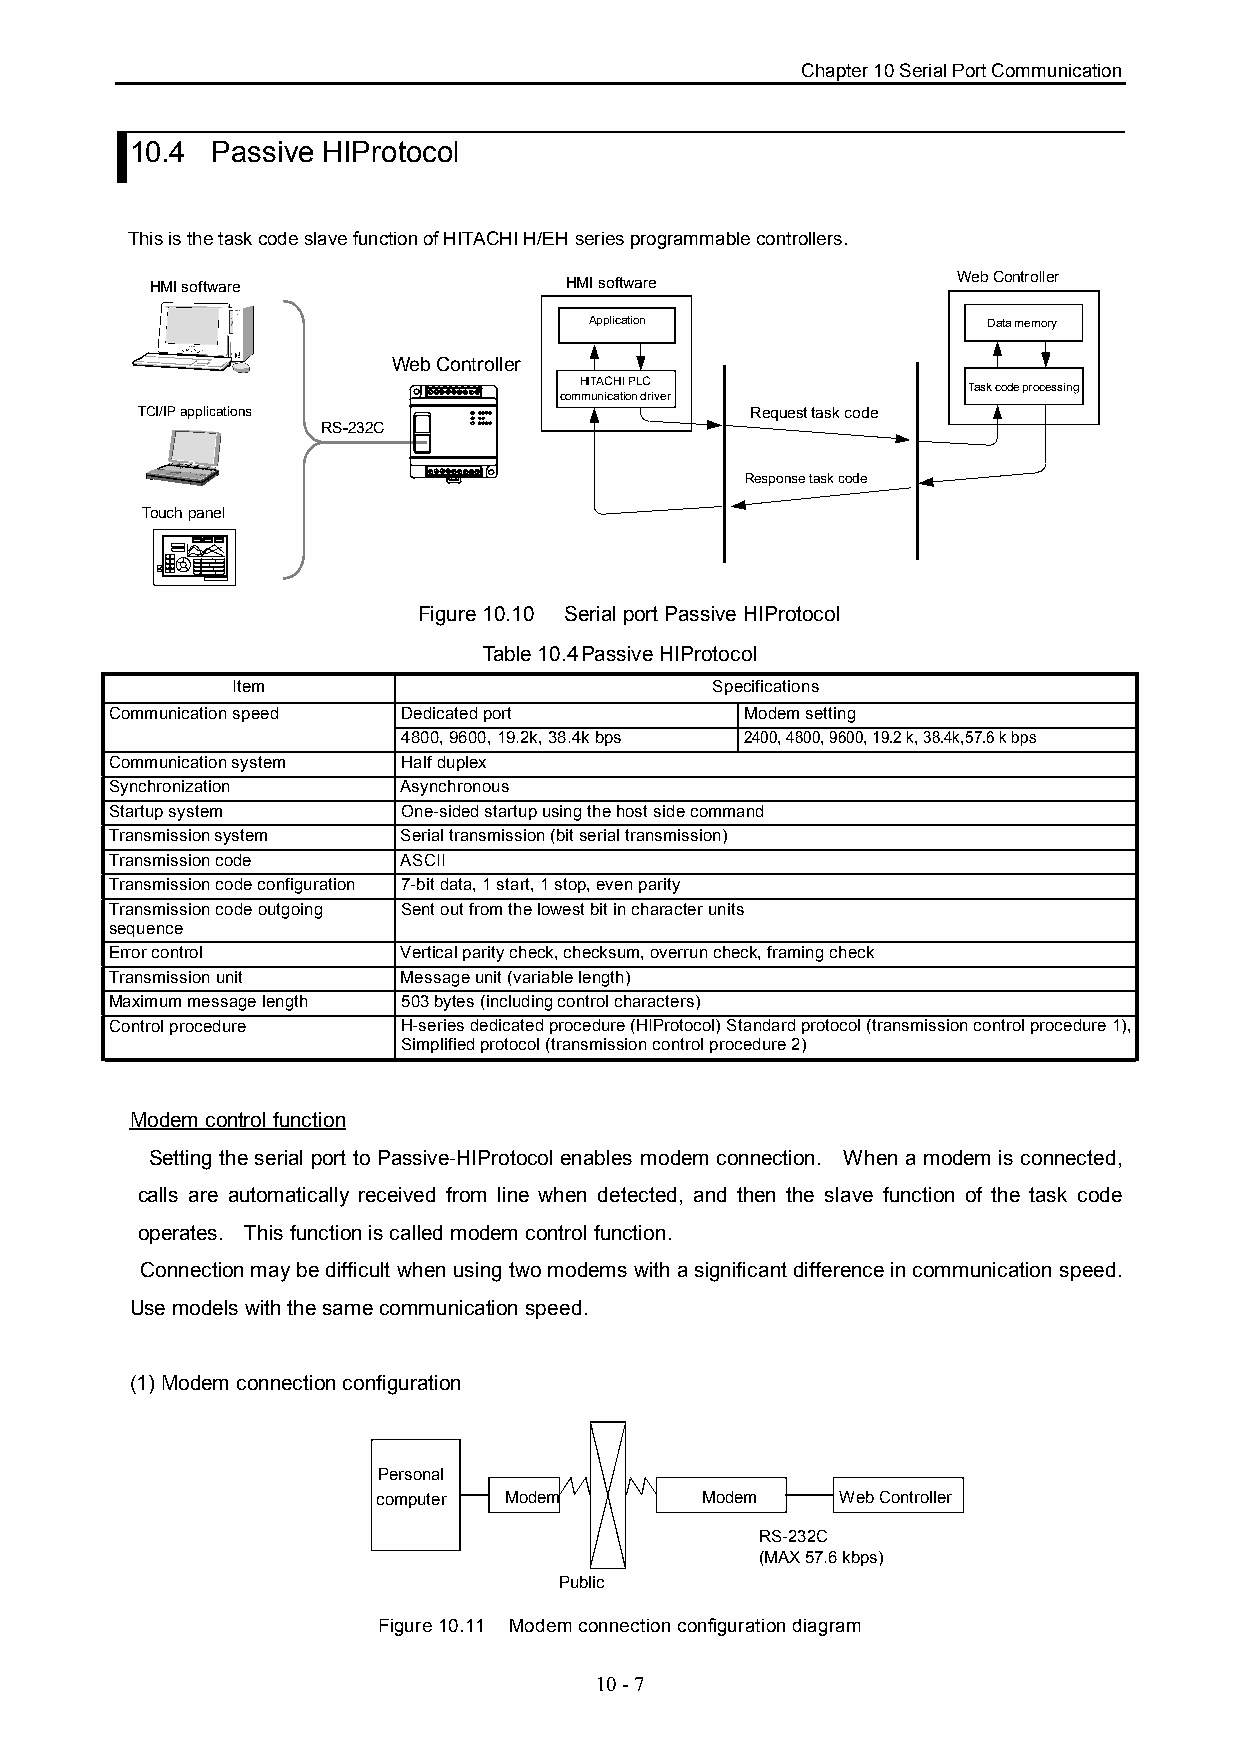
Chapter 10 Serial Port Communication
 10.4 Passive HIProtocol
 This is the task code slave function of HITACHI H/EH series programmable controllers.
 HMI software               HMI software              Web Controller
 Application               Data memory
 Web Controller
 HITACHI PLC
 Task code processing
 communication driver
 TCI/IP applications                      Request task code
 RS-232C
 Response task code
 Touch panel
 Figure 10.10 Serial port Passive HIProtocol
 Table 10.4Passive HIProtocol
 Item                            Specifications
 Communication speed Dedicated port        Modem setting
 4800, 9600, 19.2k, 38.4k bps 2400, 4800, 9600, 19.2 k, 38.4k,57.6 k bps
 Communication system Half duplex
 Synchronization     Asynchronous
 Startup system      One-sided startup using the host side command
 Transmission system Serial transmission (bit serial transmission)
 Transmission code   ASCII
 Transmission code configuration 7-bit data, 1 start, 1 stop, even parity
 Transmission code outgoing Sent out from the lowest bit in character units
 sequence
 Error control       Vertical parity check, checksum, overrun check, framing check
 Transmission unit   Message unit (variable length)
 Maximum message length 503 bytes (including control characters)
 Control procedure   H-series dedicated procedure (HIProtocol) Standard protocol (transmission control procedure 1),
 Simplified protocol (transmission control procedure 2)
 Modem control function
 Setting the serial port to Passive-HIProtocol enables modem connection. When a modem is connected,
 calls are automatically received from line when detected, and then the slave function of the task code
 operates. This function is called modem control function.
 Connection may be difficult when using two modems with a significant difference in communication speed.
 Use models with the same communication speed.
 (1) Modem connection configuration
 Personal
 computer Modem       Modem     Web Controller
 RS-232C
 (MAX 57.6 kbps)
 Public
 Figure 10.11 Modem connection configuration diagram
 10 - 7